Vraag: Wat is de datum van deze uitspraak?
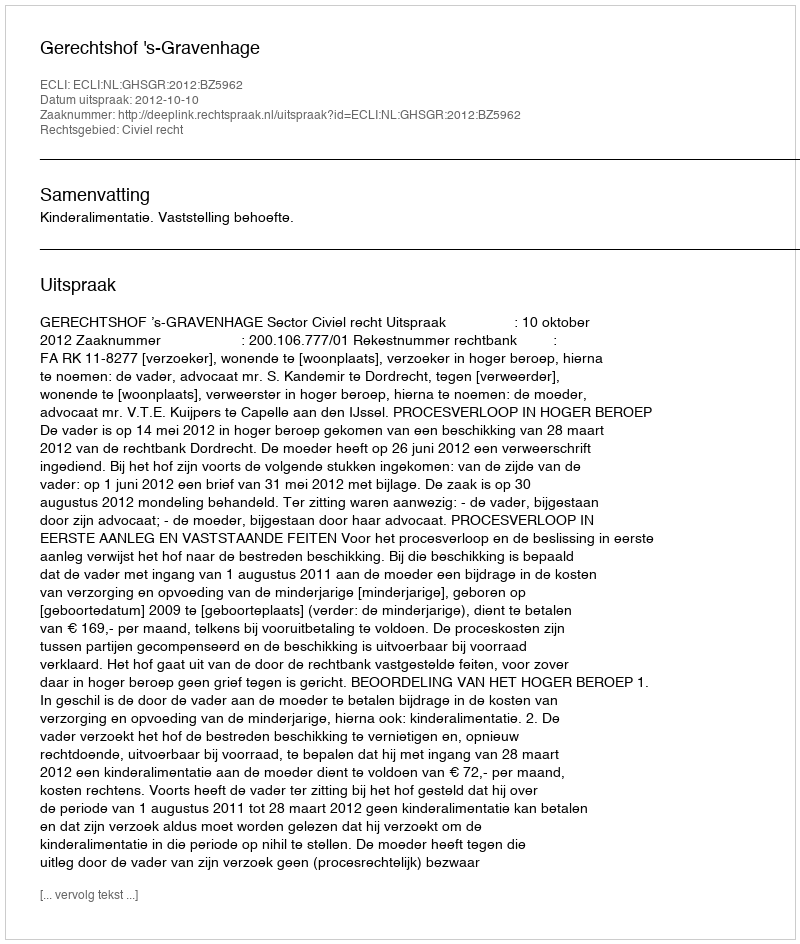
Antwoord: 2012-10-10